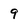
Character: 9